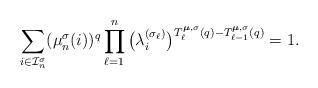
LaTeX: \begin{align*}\sum_{i\in\mathcal{I}_{n}^{\sigma}} (\mu_n^{\sigma}(i))^q \prod_{\ell=1}^n \big( \lambda_i^{(\sigma_{\ell})} \big)^{T_{\ell}^{\boldsymbol{\mu},\sigma}(q)- T_{\ell-1}^{\boldsymbol{\mu},\sigma}(q)} =1.\end{align*}